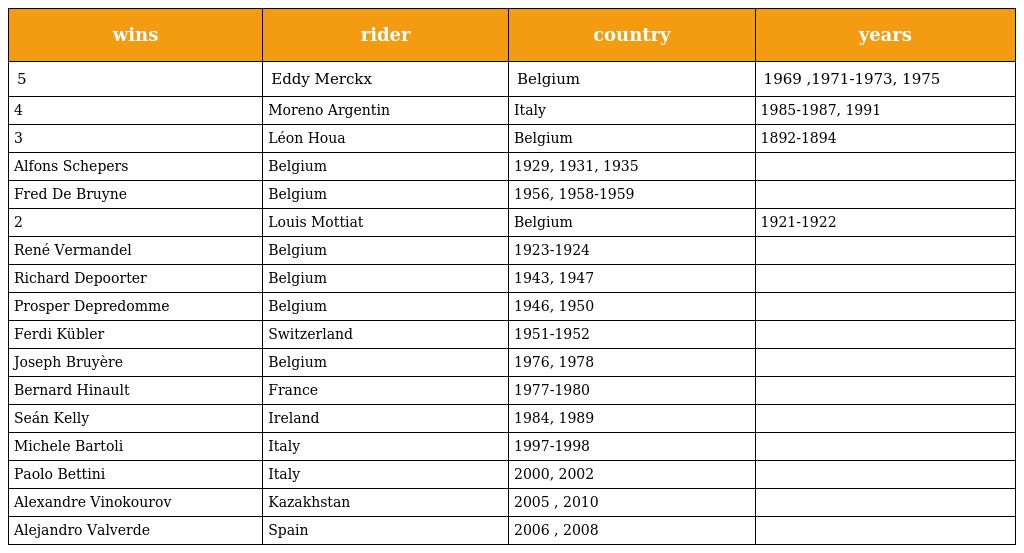
| wins | rider | country | years |
 | --- | --- | --- | --- |
 | 5 | Eddy Merckx | Belgium | 1969 ,1971-1973, 1975 |
 | 4 | Moreno Argentin | Italy | 1985-1987, 1991 |
 | 3 | Léon Houa | Belgium | 1892-1894 |
 | Alfons Schepers | Belgium | 1929, 1931, 1935 |  |
 | Fred De Bruyne | Belgium | 1956, 1958-1959 |  |
 | 2 | Louis Mottiat | Belgium | 1921-1922 |
 | René Vermandel | Belgium | 1923-1924 |  |
 | Richard Depoorter | Belgium | 1943, 1947 |  |
 | Prosper Depredomme | Belgium | 1946, 1950 |  |
 | Ferdi Kübler | Switzerland | 1951-1952 |  |
 | Joseph Bruyère | Belgium | 1976, 1978 |  |
 | Bernard Hinault | France | 1977-1980 |  |
 | Seán Kelly | Ireland | 1984, 1989 |  |
 | Michele Bartoli | Italy | 1997-1998 |  |
 | Paolo Bettini | Italy | 2000, 2002 |  |
 | Alexandre Vinokourov | Kazakhstan | 2005 , 2010 |  |
 | Alejandro Valverde | Spain | 2006 , 2008 |  |